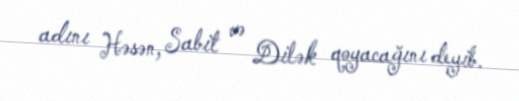
adını Həsən, Sabit və Dilək qoyacağını deyib.